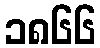
၁၈၆၆